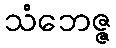
သံဘေဇ္ဇ